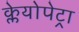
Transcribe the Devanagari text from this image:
क्लेयोपेट्रा